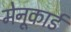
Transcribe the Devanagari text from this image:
मेनूकार्ड